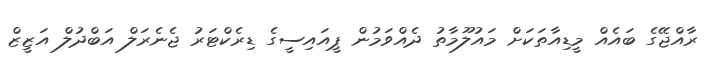
ރާއްޖޭގެ ބައެއް މީޑިއާތަކަށް މައުލޫމާތު ދެއްވަމުން ޕީއައިސީގެ ޑިރެކްޓަރު ޖެނެރަލް އަބްދުލް އަޒީޒް